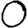
Digit: 0